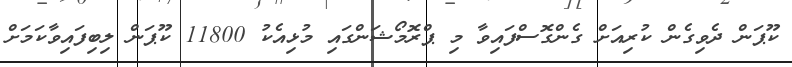
ކޫޕަން ދެވިގެން ކުރިއަށް ގެންގޮސްފައިވާ މި ޕްރޮމޯޝަންގައި މުޅިއެކު 11800 ކޫޕަން ލިބިފައިވާކަމަށް